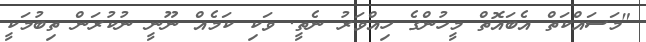
"މަސައްކަތް އެބައޮތް މީހުންގެ ހިއްވަރު ނެތީ. ވަކި ކަމެއް ނޫނީ ނުކުރަން ތިބުމަކީ